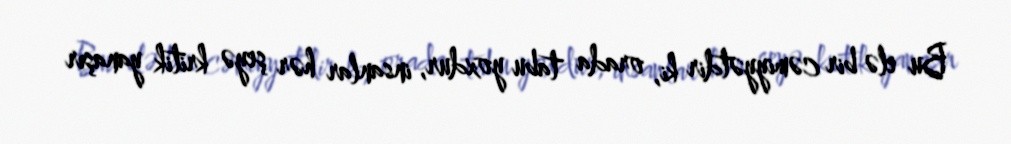
Bu elə bir cəmiyyətdir ki, orada tabu yoxdur, insanlar hər şeyə kritik yanaşır